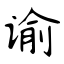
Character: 谕